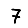
Digit: 7